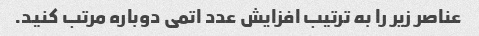
عناصر زیر را به ترتیب افزایش عدد اتمی دوباره مرتب کنید.